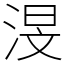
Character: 渂